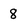
Character: 8